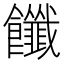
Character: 𩟶